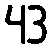
43